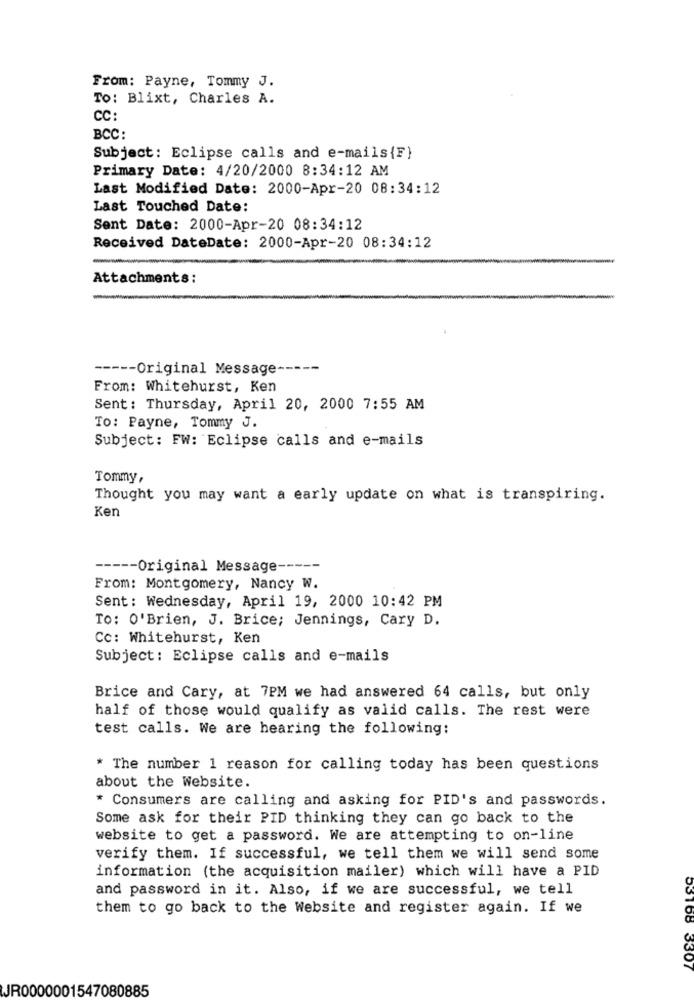
From: Payne, Tommy J.
To: Blixt, Charles A.
CC:
BCC :
Subject: Eclipse calls and e-mails{F}
Primary Date: 4/20/2000 8:34:12 AM
Last Modified Date: 2000-Apr-20 08:34:12
Last Touched Date:
Sent Date: 2000-Apr-20 08:34:12
Received DateDate: 2000-Apr-20 08:34:12
Attachments:
----- Original Message -----
From: Whitehurst, Ken
Sent: Thursday, April 20, 2000 7:55 AM
TO: Payne, Tommy J.
Subject: FW: Eclipse calls and e-mails
Tommy,
Thought you may want a early update on what is transpiring.
Ken
----- Original Message --
From: Montgomery, Nancy W.
Sent: Wednesday, April 19, 2000 10:42 PM
To: O'Brien, J. Brice; Jennings, Cary D.
Cc: Whitehurst, Ken
Subject: Eclipse calls and e-mails
Brice and Cary, at 7PM we had answered 64 calls, but only
half of those would qualify as valid calls. The rest were
test calls. We are hearing the following:
* The number 1 reason for calling today has been questions
about the website.
* Consumers are calling and asking for PID's and passwords.
Some ask for their PID thinking they can go back to the
website to get a password. We are attempting to on-line
verify them. If successful, we tell them we will send some
information (the acquisition mailer) which will have a PID
and password in it. Also, if we are successful, we tell
them to go back to the Website and register again. If we
53168 3307
JR0000001547080885